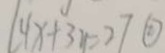
1 4 x + 3 y = 2 7 \textcircled { 2 }